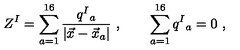
Z ^ { I } = \sum _ { a = 1 } ^ { 1 6 } { \frac { q ^ { I } { } _ { a } } { | \vec { x } - \vec { x } _ { a } | } } \ , \qquad \sum _ { a = 1 } ^ { 1 6 } q ^ { I } { } _ { a } = 0 \ ,